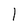
Character: l